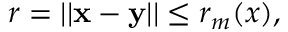
r = | | \mathbf x - \mathbf y | | \leq r _ { m } ( x ) ,